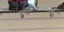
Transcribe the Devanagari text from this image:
ज्यासाहित्यप्रकारातमोडते